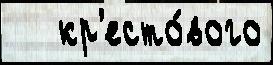
   кр'есто́вого